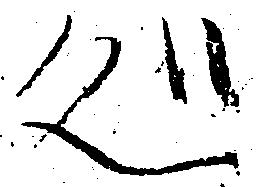
処